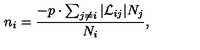
n _ { i } = \frac { - p \cdot \sum _ { j \neq i } | { \cal L } _ { i j } | N _ { j } } { N _ { i } } ,